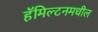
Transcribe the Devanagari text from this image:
हॅमिल्टनमधील